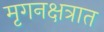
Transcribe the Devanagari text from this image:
मृगनक्षत्रात